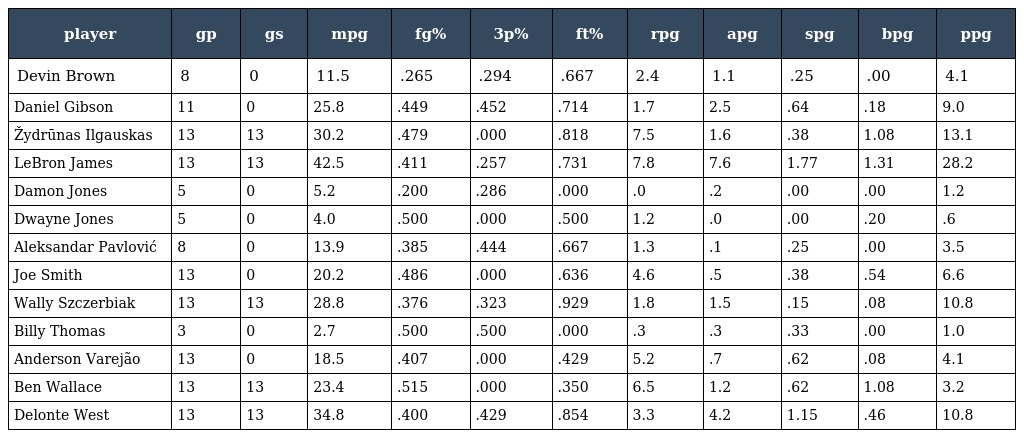
| player | gp | gs | mpg | fg% | 3p% | ft% | rpg | apg | spg | bpg | ppg |
 | --- | --- | --- | --- | --- | --- | --- | --- | --- | --- | --- | --- |
 | Devin Brown | 8 | 0 | 11.5 | .265 | .294 | .667 | 2.4 | 1.1 | .25 | .00 | 4.1 |
 | Daniel Gibson | 11 | 0 | 25.8 | .449 | .452 | .714 | 1.7 | 2.5 | .64 | .18 | 9.0 |
 | Žydrūnas Ilgauskas | 13 | 13 | 30.2 | .479 | .000 | .818 | 7.5 | 1.6 | .38 | 1.08 | 13.1 |
 | LeBron James | 13 | 13 | 42.5 | .411 | .257 | .731 | 7.8 | 7.6 | 1.77 | 1.31 | 28.2 |
 | Damon Jones | 5 | 0 | 5.2 | .200 | .286 | .000 | .0 | .2 | .00 | .00 | 1.2 |
 | Dwayne Jones | 5 | 0 | 4.0 | .500 | .000 | .500 | 1.2 | .0 | .00 | .20 | .6 |
 | Aleksandar Pavlović | 8 | 0 | 13.9 | .385 | .444 | .667 | 1.3 | .1 | .25 | .00 | 3.5 |
 | Joe Smith | 13 | 0 | 20.2 | .486 | .000 | .636 | 4.6 | .5 | .38 | .54 | 6.6 |
 | Wally Szczerbiak | 13 | 13 | 28.8 | .376 | .323 | .929 | 1.8 | 1.5 | .15 | .08 | 10.8 |
 | Billy Thomas | 3 | 0 | 2.7 | .500 | .500 | .000 | .3 | .3 | .33 | .00 | 1.0 |
 | Anderson Varejão | 13 | 0 | 18.5 | .407 | .000 | .429 | 5.2 | .7 | .62 | .08 | 4.1 |
 | Ben Wallace | 13 | 13 | 23.4 | .515 | .000 | .350 | 6.5 | 1.2 | .62 | 1.08 | 3.2 |
 | Delonte West | 13 | 13 | 34.8 | .400 | .429 | .854 | 3.3 | 4.2 | 1.15 | .46 | 10.8 |